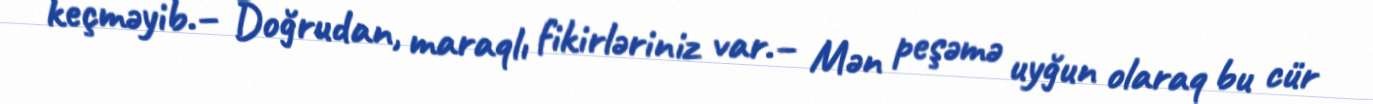
keçməyib.– Doğrudan, maraqlı fikirləriniz var.– Mən peşəmə uyğun olaraq bu cür